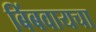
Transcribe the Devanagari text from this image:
बिंबवायचा